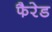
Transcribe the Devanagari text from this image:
फैरेड